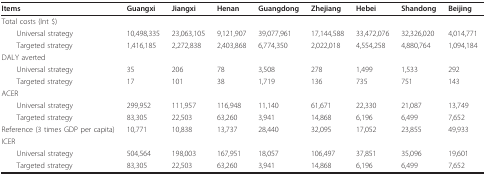
<table><thead><tr><td><b>Items</b></td><td><b>Guangxi</b></td><td><b>Jiangxi</b></td><td><b>Henan</b></td><td><b>Guangdong</b></td><td><b>Zhejiang</b></td><td><b>Hebei</b></td><td><b>Shandong</b></td><td><b>Beijing</b></td></tr></thead><tbody><tr><td>Total costs (Int $)</td><td></td><td></td><td></td><td></td><td></td><td></td><td></td><td></td></tr><tr><td> Universal strategy</td><td>10,498,335</td><td>23,063,105</td><td>9,121,907</td><td>39,077,961</td><td>17,144,588</td><td>33,472,076</td><td>32,326,020</td><td>4,014,771</td></tr><tr><td> Targeted strategy</td><td>1,416,185</td><td>2,272,838</td><td>2,403,868</td><td>6,774,350</td><td>2,022,018</td><td>4,554,258</td><td>4,880,764</td><td>1,094,184</td></tr><tr><td>DALY averted</td><td></td><td></td><td></td><td></td><td></td><td></td><td></td><td></td></tr><tr><td> Universal strategy</td><td>35</td><td>206</td><td>78</td><td>3,508</td><td>278</td><td>1,499</td><td>1,533</td><td>292</td></tr><tr><td> Targeted strategy</td><td>17</td><td>101</td><td>38</td><td>1,719</td><td>136</td><td>735</td><td>751</td><td>143</td></tr><tr><td>ACER</td><td></td><td></td><td></td><td></td><td></td><td></td><td></td><td></td></tr><tr><td> Universal strategy</td><td>299,952</td><td>111,957</td><td>116,948</td><td>11,140</td><td>61,671</td><td>22,330</td><td>21,087</td><td>13,749</td></tr><tr><td> Targeted strategy</td><td>83,305</td><td>22,503</td><td>63,260</td><td>3,941</td><td>14,868</td><td>6,196</td><td>6,499</td><td>7,652</td></tr><tr><td>Reference (3 times GDP per capita)</td><td>10,771</td><td>10,838</td><td>13,737</td><td>28,440</td><td>32,095</td><td>17,052</td><td>23,855</td><td>49,933</td></tr><tr><td>ICER</td><td></td><td></td><td></td><td></td><td></td><td></td><td></td><td></td></tr><tr><td> Universal strategy</td><td>504,564</td><td>198,003</td><td>167,951</td><td>18,057</td><td>106,497</td><td>37,851</td><td>35,096</td><td>19,601</td></tr><tr><td> Targeted strategy</td><td>83,305</td><td>22,503</td><td>63,260</td><td>3,941</td><td>14,868</td><td>6,196</td><td>6,499</td><td>7,652</td></tr></tbody></table>